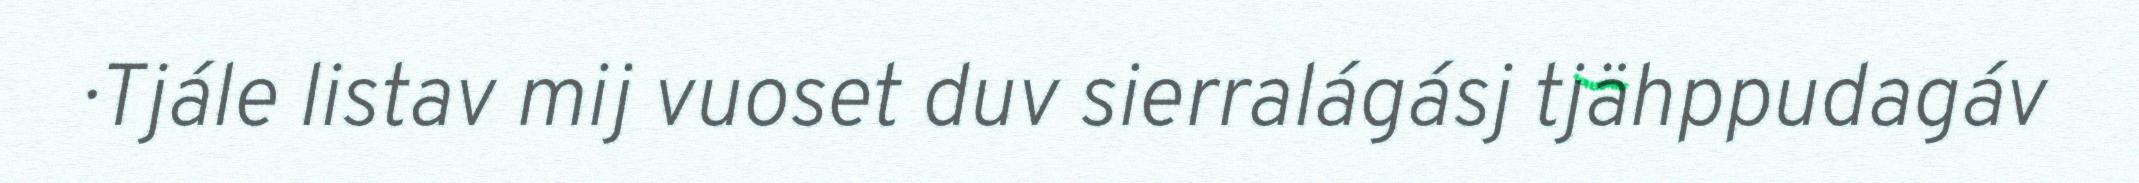
· Tjále listav mij vuoset duv sierralágásj tjähppudagáv